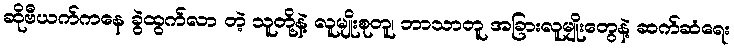
ဆိုဗီယက်ကနေ ခွဲထွက်လာ တဲ့ သူတို့နဲ့ လူမျိုးစုတူ၊ ဘာသာတူ အခြားလူမျိုးတွေနဲ့ ဆက်ဆံရေး